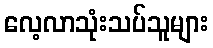
လေ့လာသုံးသပ်သူများ